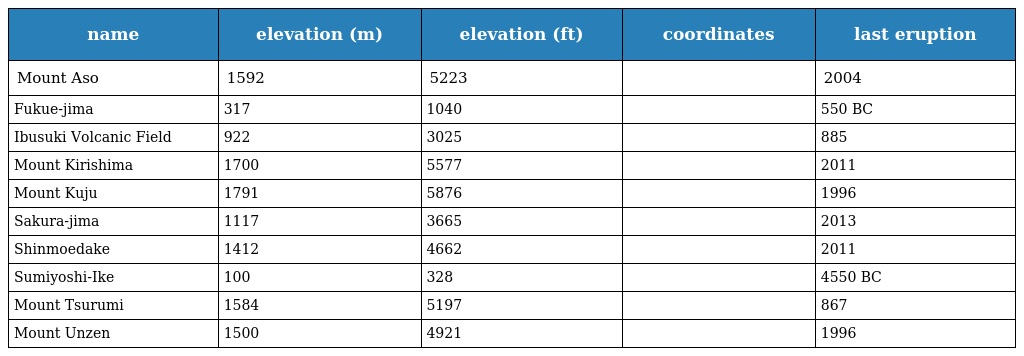
| name | elevation (m) | elevation (ft) | coordinates | last eruption |
 | --- | --- | --- | --- | --- |
 | Mount Aso | 1592 | 5223 |  | 2004 |
 | Fukue-jima | 317 | 1040 |  | 550 BC |
 | Ibusuki Volcanic Field | 922 | 3025 |  | 885 |
 | Mount Kirishima | 1700 | 5577 |  | 2011 |
 | Mount Kuju | 1791 | 5876 |  | 1996 |
 | Sakura-jima | 1117 | 3665 |  | 2013 |
 | Shinmoedake | 1412 | 4662 |  | 2011 |
 | Sumiyoshi-Ike | 100 | 328 |  | 4550 BC |
 | Mount Tsurumi | 1584 | 5197 |  | 867 |
 | Mount Unzen | 1500 | 4921 |  | 1996 |